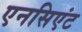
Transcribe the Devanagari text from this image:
एनसिएंट